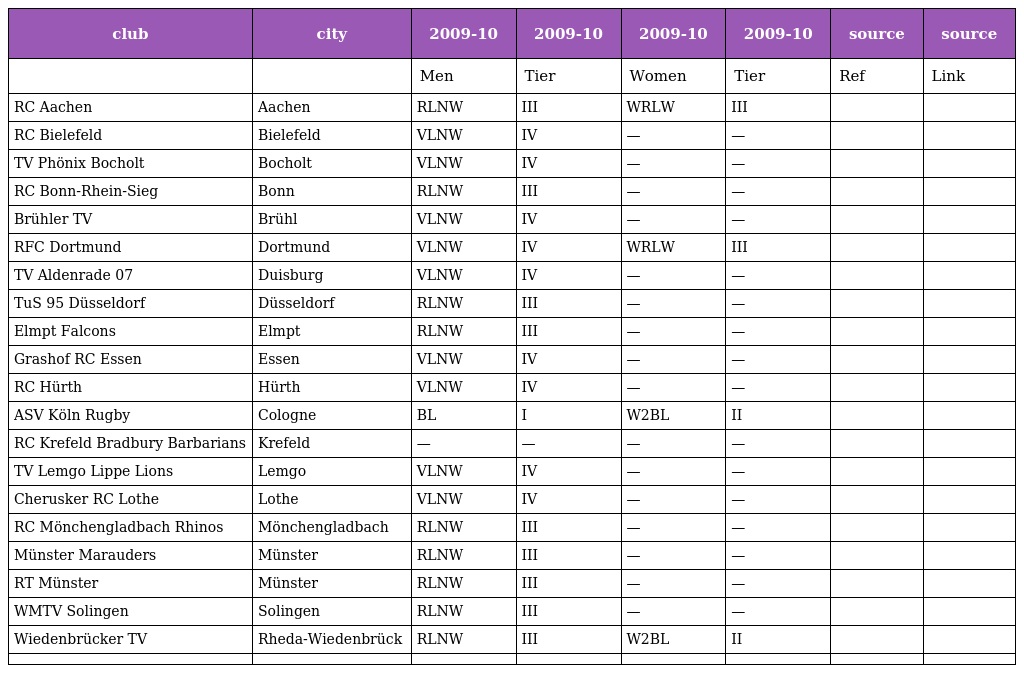
| club | city | 2009-10 | 2009-10 | 2009-10 | 2009-10 | source | source |
 | --- | --- | --- | --- | --- | --- | --- | --- |
 |  |  | Men | Tier | Women | Tier | Ref | Link |
 | RC Aachen | Aachen | RLNW | III | WRLW | III |  |  |
 | RC Bielefeld | Bielefeld | VLNW | IV | — | — |  |  |
 | TV Phönix Bocholt | Bocholt | VLNW | IV | — | — |  |  |
 | RC Bonn-Rhein-Sieg | Bonn | RLNW | III | — | — |  |  |
 | Brühler TV | Brühl | VLNW | IV | — | — |  |  |
 | RFC Dortmund | Dortmund | VLNW | IV | WRLW | III |  |  |
 | TV Aldenrade 07 | Duisburg | VLNW | IV | — | — |  |  |
 | TuS 95 Düsseldorf | Düsseldorf | RLNW | III | — | — |  |  |
 | Elmpt Falcons | Elmpt | RLNW | III | — | — |  |  |
 | Grashof RC Essen | Essen | VLNW | IV | — | — |  |  |
 | RC Hürth | Hürth | VLNW | IV | — | — |  |  |
 | ASV Köln Rugby | Cologne | BL | I | W2BL | II |  |  |
 | RC Krefeld Bradbury Barbarians | Krefeld | — | — | — | — |  |  |
 | TV Lemgo Lippe Lions | Lemgo | VLNW | IV | — | — |  |  |
 | Cherusker RC Lothe | Lothe | VLNW | IV | — | — |  |  |
 | RC Mönchengladbach Rhinos | Mönchengladbach | RLNW | III | — | — |  |  |
 | Münster Marauders | Münster | RLNW | III | — | — |  |  |
 | RT Münster | Münster | RLNW | III | — | — |  |  |
 | WMTV Solingen | Solingen | RLNW | III | — | — |  |  |
 | Wiedenbrücker TV | Rheda-Wiedenbrück | RLNW | III | W2BL | II |  |  |
 |  |  |  |  |  |  |  |  |